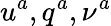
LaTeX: u^{a},q^{a},\nu^{a}